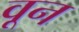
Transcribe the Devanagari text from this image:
वून